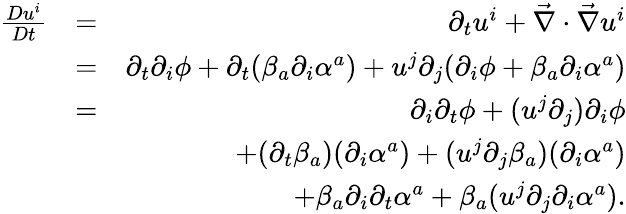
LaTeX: \begin{array}{rlr}{\frac{Du^{i}}{Dt}}&{=}&{\partial_{t}u^{i}+\vec{\nabla}\cdot\vec{\nabla}u^{i}}\\ &{=}&{\partial_{t}\partial_{i}\phi+\partial_{t}(\beta_{a}\partial_{i}\alpha^{a})+u^{j}\partial_{j}(\partial_{i}\phi+\beta_{a}\partial_{i}\alpha^{a})}\\ &{=}&{\partial_{i}\partial_{t}\phi+(u^{j}\partial_{j})\partial_{i}\phi}\\ &{}&{+(\partial_{t}\beta_{a})(\partial_{i}\alpha^{a})+(u^{j}\partial_{j}\beta_{a})(\partial_{i}\alpha^{a})}\\ &{}&{+\beta_{a}\partial_{i}\partial_{t}\alpha^{a}+\beta_{a}(u^{j}\partial_{j}\partial_{i}\alpha^{a}).}\end{array}